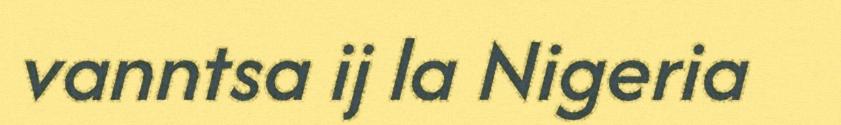
vanntsa ij la Nigeria